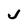
Character: J